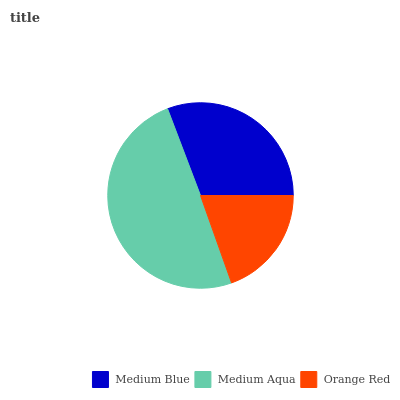
| Medium Blue | Medium Aqua | Orange Red |
 | --- | --- | --- |
 | 30.7% | 49.7% | 19.6% |